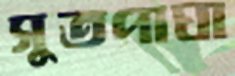
সুতপাঘা